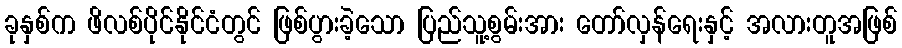
ခုနှစ်က ဖိလစ်ပိုင်နိုင်ငံတွင် ဖြစ်ပွားခဲ့သော ပြည်သူ့စွမ်းအား တော်လှန်ရေးနှင့် အလားတူအဖြစ်